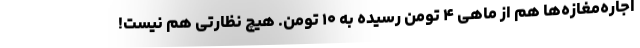
اجاره‌مغازه‌ها هم از ماهی ۴ تومن رسیده به ۱۰ تومن. هیچ نظارتی هم نیست!